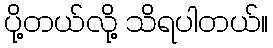
ပို့တယ်လို့ သိရပါတယ်။